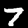
Label: 7